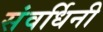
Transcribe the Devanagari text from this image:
संवर्धिनी